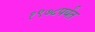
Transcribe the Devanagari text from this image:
१९७८पर्यंत